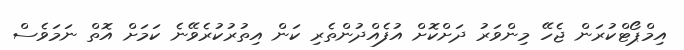
އިމްޕޯޓްކުރަން ޖެހޭ މިންވަރު ދަށްކޮށް އުފެއްދުންތެރި ކަން އިތުރުކުރެވޭނެ ކަމަށް އޮތް ނަމަވެސް